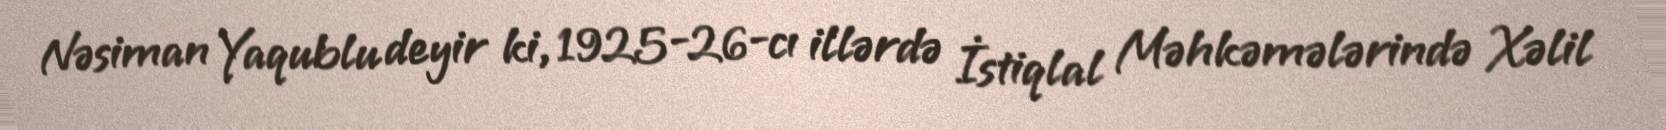
Nəsiman Yaqublu deyir ki, 1925-26-cı illərdə İstiqlal Məhkəmələrində Xəlil